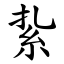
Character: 紥